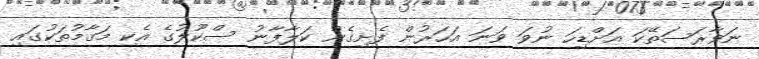
ނަވާރަސަތޭކަ އަށްޑިހަ ނުވަ ވަނަ އަހަރުން ފެށިގެން ކަލާފާނު ސްކޫލުގެ އެކި މަގާމުތަކުގައި